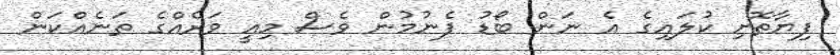
ފިޔާތޮށި ކުލައިގެ އެ ނަން ބޯޑު ފެނުމުން ވެސް މިއީ ވަރެއްގެ ތަނެއްކަން